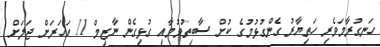
ހަނގުރާމަވެރި ހަތިޔާރު ގެންގުޅުމުގެ ކުށް ސާބިތުވުމާއި ގުޅިގެން ނާޒިމް 11 އަހަރަށް ޖަލަށް